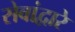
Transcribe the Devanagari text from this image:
सेवांद्वारे